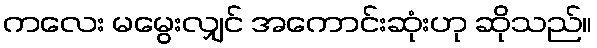
ကလေး မမွေးလျှင် အကောင်းဆုံးဟု ဆိုသည်။